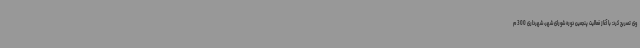
وی تصریح کرد: با آغاز فعالیت پنجمین دوره شورای شهر، شهرداری 300 م